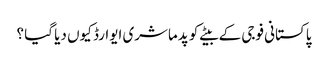
پاکستانی فوجی کے بیٹے کو پدماشری ایوارڈ کیوں دیا گیا ؟